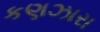
કણઝારા